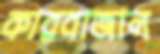
কারবাজাল